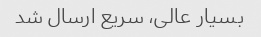
بسیار عالی، سریع ارسال شد